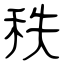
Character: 秩